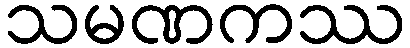
သမဏကဿ